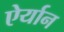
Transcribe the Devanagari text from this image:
ऐर्यान